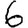
Digit: 6